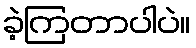
ခဲ့ကြတာပါပဲ။